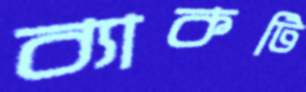
ব্যাকটি